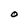
Character: O